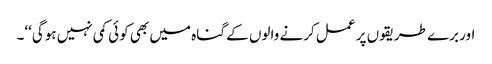
اور برے طریقوں پر عمل کرنے والوں کے گناہ میں بھی کوئی کمی نہیں ہوگی‘‘۔